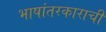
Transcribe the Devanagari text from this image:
भाषांतरकाराची